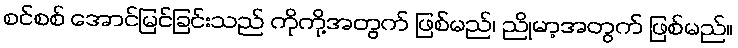
စင်စစ် အောင်မြင်ခြင်းသည် ကိုကို့အတွက် ဖြစ်မည်၊ ညိုမာ့အတွက် ဖြစ်မည်။